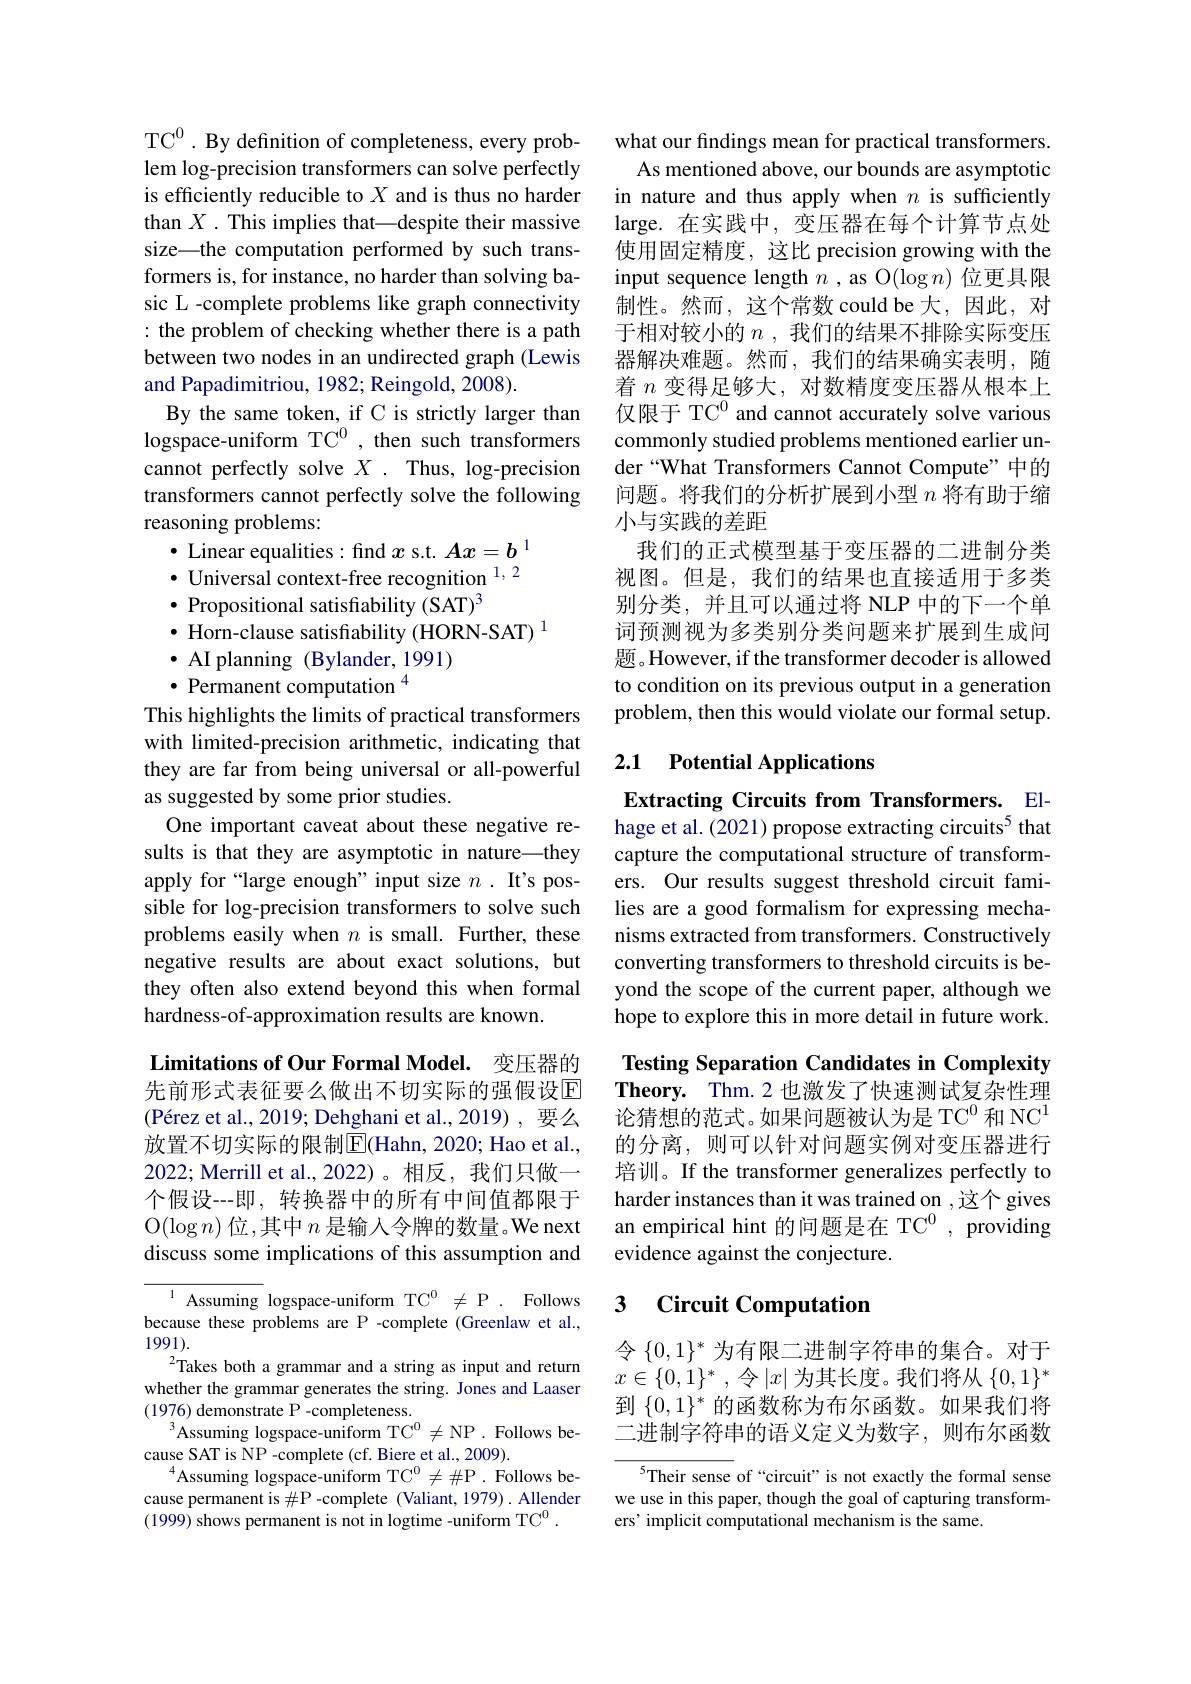
TC$^0$. By definition of completeness, every problem log-precision transformers can solve perfectly is efficiently reducible to $X$ and is thus no harder than $X.$ This implies that—despite their massive size—the computation performed by such transformers is, for instance, no harder than solving basic L -complete problems like graph connectivity : the problem of checking whether there is a path between two nodes in an undirected graph (Lewis and Papadimitriou, 1982; Reingold, 2008).
By the same token, if C is strictly larger than logspace-uniform TC$^0$, then such transformers cannot perfectly solve $X.$ Thus, log-precision transformers cannot perfectly solve the following reasoning problems:
· Linear equalities : find $x$ s.t. $Ax=b^{1}$ $\bullet$ Universal context-free recognition $^{1,2}$ $\bullet$ Propositional satisfiability (SAT)$^3$
$\bullet$ Horn-clause satisfiability (HORN-SAT) $^1$
$\bullet$ AI planning (Bylander, 1991)
$\bullet$ Permanent computation $^{4}$
This highlights the limits of practical transformers with limited-precision arithmetic, indicating that they are far from being universal or all-powerful as suggested by some prior studies.
One important caveat about these negative results is that they are asymptotic in nature—they apply for “large enough”input size $n.$ It's possible for log-precision transformers to solve such problems easily when $n$ is small. Further, these negative results are about exact solutions, but they often also extend beyond this when formal hardness-of-approximation results are known.
Limitations of Our Formal Model. 变压器的先前形式表征要么做出不切实际的强假设$\overline{\mathrm{E}}$ $( \text{P\' {e}rezetal. , 2019; Dehghanietal. , 2019) , 要 么 }$

放置不切实际的限制$\overline{\mathrm{E}}($Hahn, 2020; Hao et al., 2022; Merrill et al., 2022)。相反，我们只做一个假设--即，转换器中的所有中间值都限于O$(\log n)$位，其中$n$ 是输入令牌的数量。We next discuss some implications of this assumption and

${\overline{{^{1}}}}{\mathrm{Assuming}}$ logspace-uniform TC$^0\neq$P. Follows because these problems are P -complete (Greenlaw et al., 1991).
$^{2}$Takes both a grammar and a string as input and return whether the grammar generates the string. Jones and Laaser (1976) demonstrate P -completeness.
$^{3}$Assuming logspace-uniform TC$^0\neq$NP.Follows be-
cause SAT is NP -complete (cf. Biere et al., 2009).
$^{4}$Assuming logspace-uniform TC$^0\neq\#$P.Follows because permanent is $\#$P-complete (Valiant, 1979). Allender (1999) shows permanent is not in logtime -uniform TC$^0.$

what our findings mean for practical transformers. As mentioned above, our bounds are asymptotic
in nature and thus apply when $n$ is sufficiently large. 在实践中，变压器在每个计算节点处使用固定精度，这比 precision growing with the input sequence length $n$ , as O$(\log n)$位更具限制性。然而，这个常数 could be 大，因此，对于相对较小的$n$ ,我们的结果不排除实际变压器解决难题。然而，我们的结果确实表明，随着$n$变得足够大，对数精度变压器从根本上仅限于 TC$^{0}$ and cannot accurately solve various commonly studied problems mentioned earlier under“What Transformers Cannot Compute”中的问题。将我们的分析扩展到小型$n$将有助于缩小与实践的差距
我们的正式模型基于变压器的二进制分类视图。但是，我们的结果也直接适用于多类别分类，并且可以通过将 NLP 中的下一个单词预测视为多类别分类问题来扩展到生成问题。However, if the transformer decoder is allowed to condition on its previous output in a generation problem, then this would violate our formal setup.

## 2.1 Potential Applications

Extracting Circuits from Transformers. Elhage et al. (2021) propose extracting circuits$^{5}$ that capture the computational structure of transformers. Our results suggest threshold circuit families are a good formalism for expressing mechanisms extracted from transformers. Constructively converting transformers to threshold circuits is beyond the scope of the current paper, although we hope to explore this in more detail in future work.

Testing Separation Candidates in Complexity Theory. Thm.2 也激发了快速测试复杂性理论猜想的范式。如果问题被认为是 TC$^{0}$和 NC$^{1}$ 的分离，则可以针对问题实例对变压器进行培训。If the transformer generalizes perfectly to harder instances than it was trained on ,这个 gives an empirical hint 的问题是在 TC$^{0}$, providing evidence against the conjecture.

## 3 Circuit Computation

令$\{0,1\}^*$为有限二进制字符串的集合。对于$x\in \{ 0, 1\} ^*$ , 令$|x|$为其长度。我们将从$\{0,1\}^*$ 到$\{0,1\}^*$的函数称为布尔函数。如果我们将二进制字符串的语义定义为数字，则布尔函数

${^{5}\text{Their sense of “circuit" is not exactly the formal sense}}$ we use in this paper, though the goal of capturing transformers' implicit computational mechanism is the same.